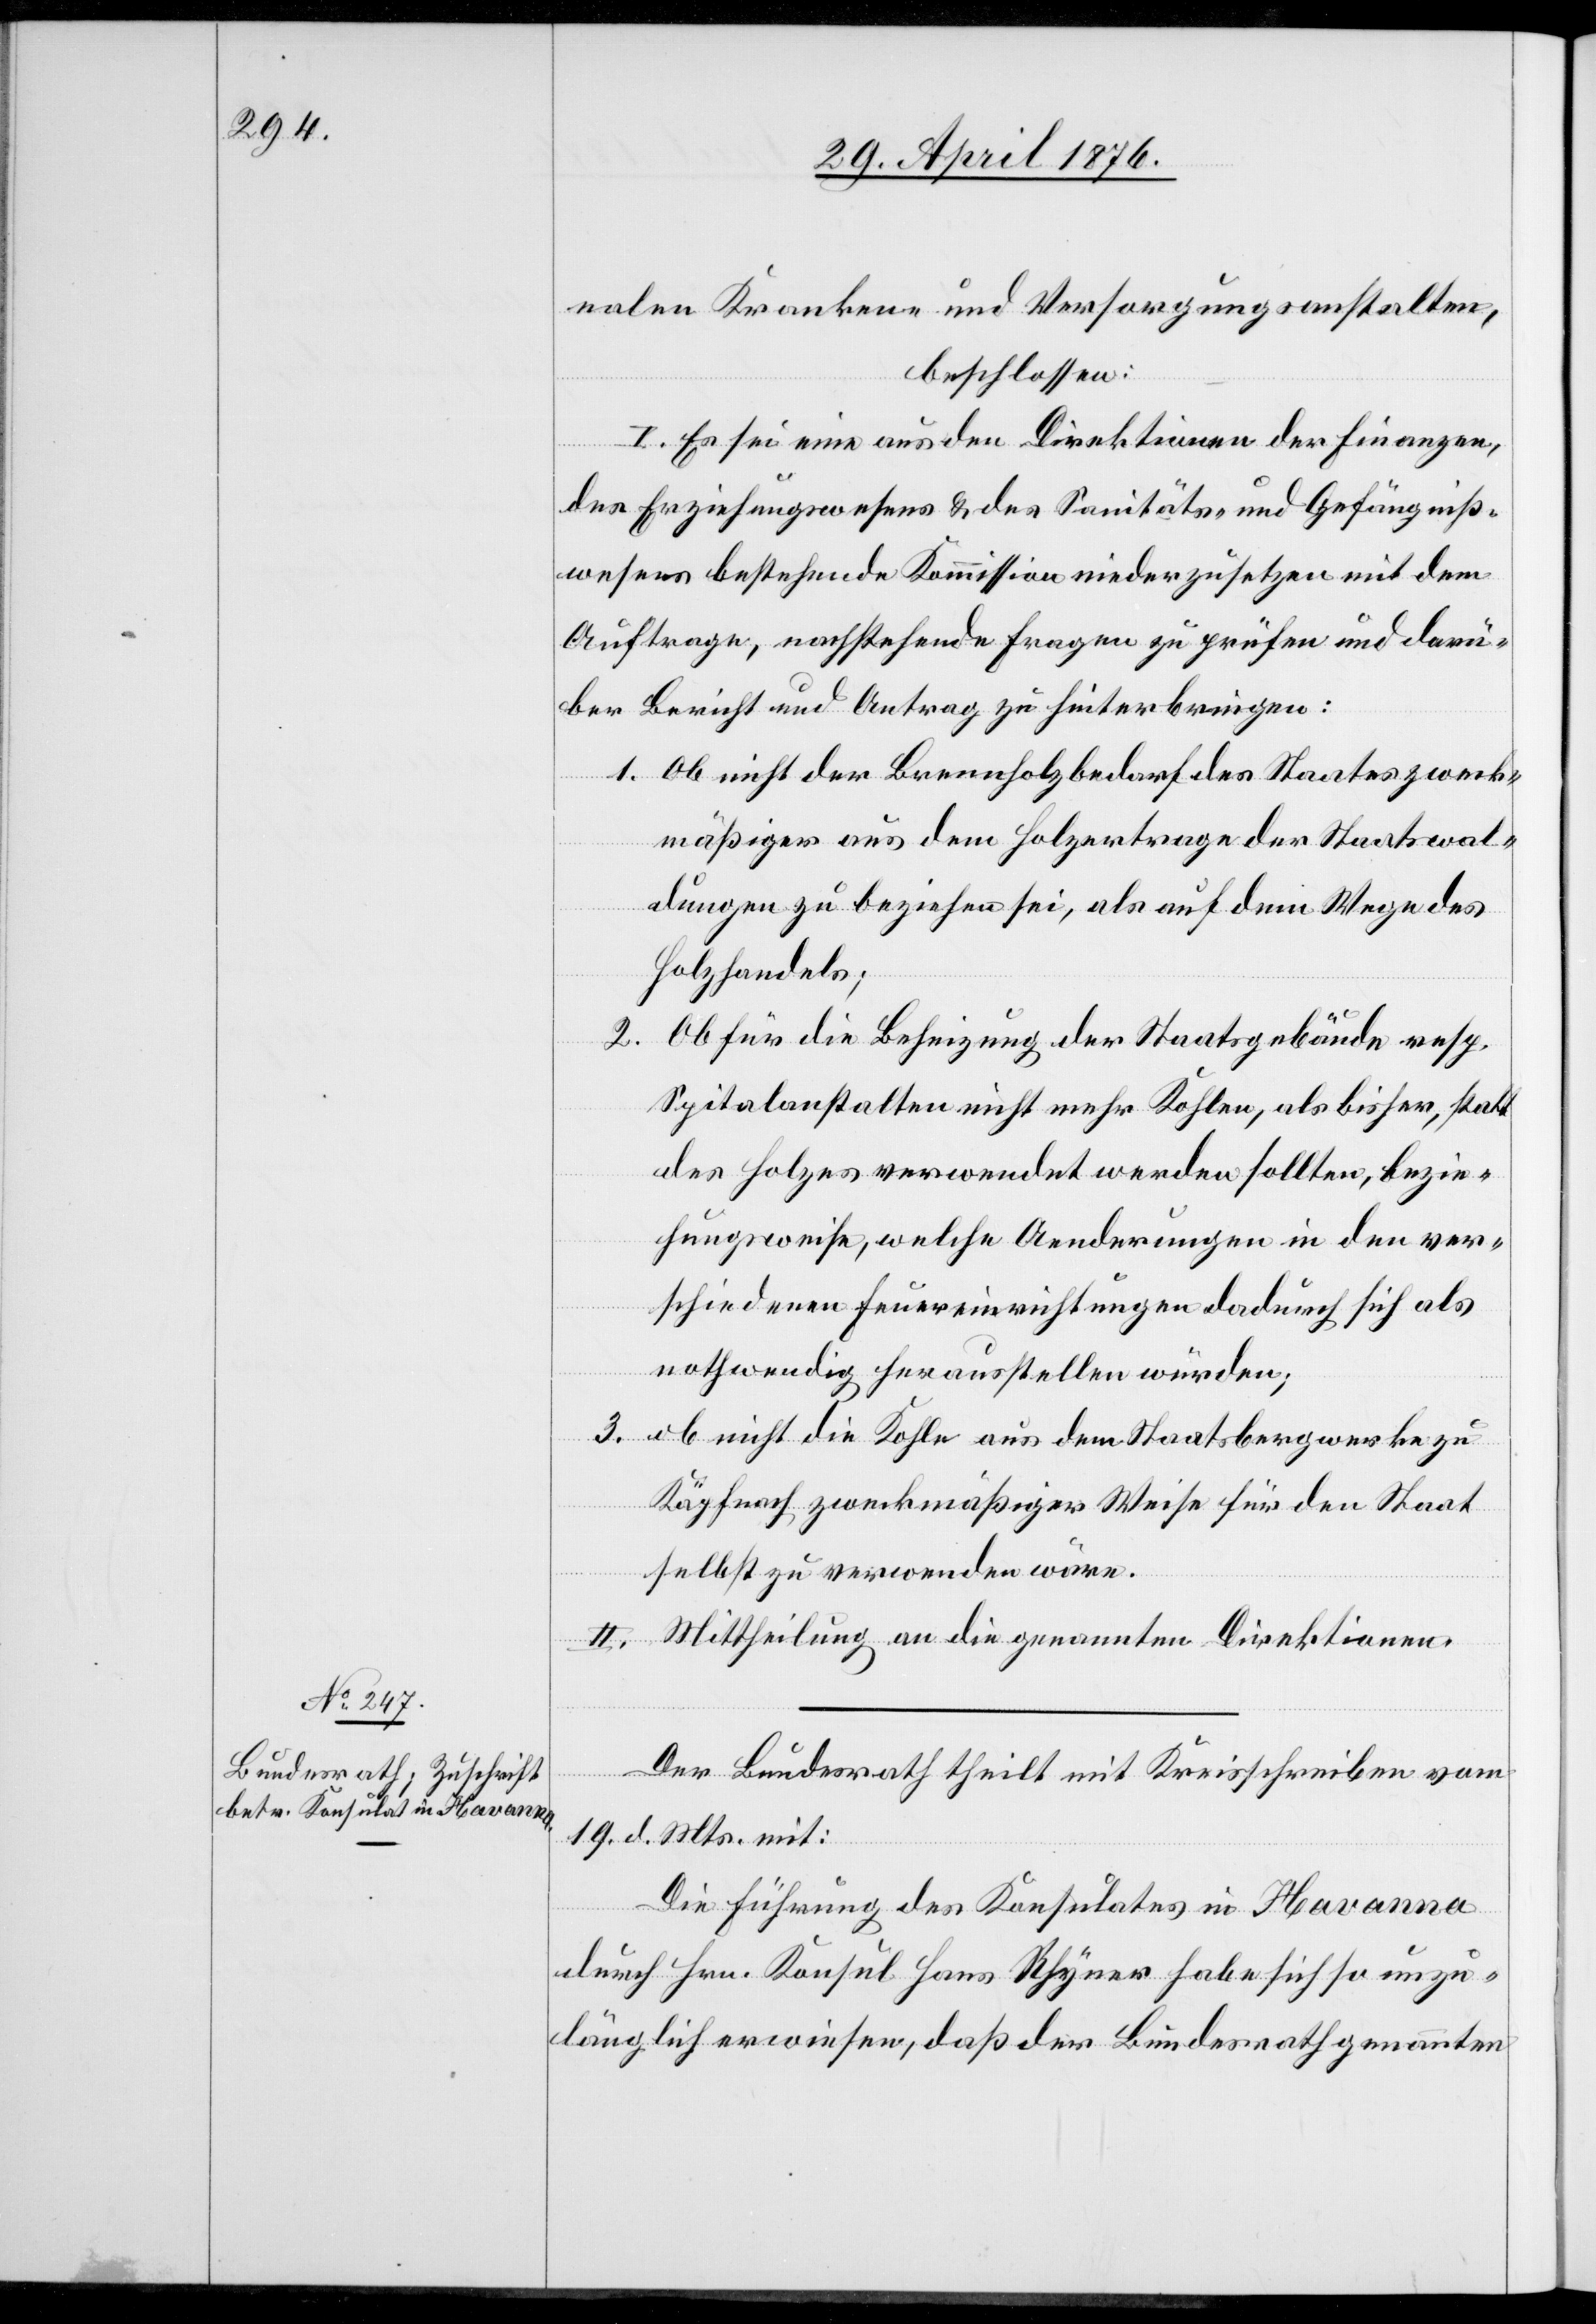
nalen Kranken- und Versorgungsanstalten,
beschlossen:
I. Es sei eine aus den Direktionen der Finanzen,
des Erziehungswesens & des Sanitäts- und Gefängniß¬
wesens bestehende Kommission niederzusetzen mit dem
Auftrage, nachstehende Fragen zu prüfen und darü¬
ber Bericht und Antrag zu hinterbringen:
1. Ob nicht der Brennholzbedarf des Staates zweck¬
mäßiger aus dem Holzertrage der Staatswal¬
dungen zu beziehen sei, als auf dem Wege des
Holzhandels;
2.
Ob für die Beheizung der Staatsgebäude resp.
Spitalanstalten nicht mehr Kohlen, als bisher, statt
des Holzes verwendet werden sollten, bezie¬
hungsweise, welche Aenderungen in den ver¬
schiedenen Feuereinrichtungen dadurch sich als
nothwendig herausstellen würden;
3. ob nicht die Kohle aus dem Staatsbergwerke zu
Käpfnach zweckmäßiger Weise für den Staat
selbst zu verwenden wäre.
II. Mitteheilung an die genannten Direktionen.
Der Bundesrath theilt mit Kreisschreiben vom
19. d. Mts. mit:
Die Führung des Konsulates in Havanna
durch Hrn. Konsul Hans Rhyner habe sich so unzu¬
länglich erwiesen, daß der Bundesrath genannten